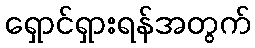
ရှောင်ရှားရန်အတွက်